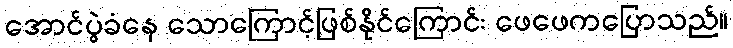
အောင်ပွဲခံနေ သောကြောင့်ဖြစ်နိုင်ကြောင်း ဖေဖေကပြောသည်။